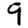
Digit: 9